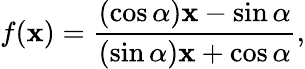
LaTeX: f(\mathbf{x})={\frac{{(\cos\alpha)\mathbf{x}-\sin\alpha}}{{(\sin\alpha)\mathbf{x}+\cos\alpha}}},